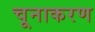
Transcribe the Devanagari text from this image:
चूनाकरण